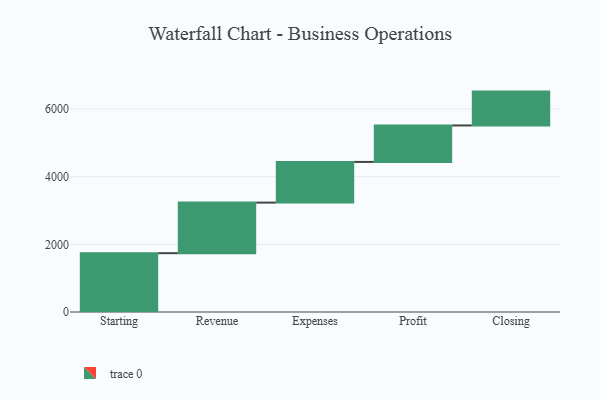
{"axis": {"x": "Step", "y": "Value"}, "legend": [""], "data": [{"x": "Starting", "y": 1738.0, "type": ""}, {"x": "Revenue", "y": 1494.0, "type": ""}, {"x": "Expenses", "y": 1202.0, "type": ""}, {"x": "Profit", "y": 1078.0, "type": ""}, {"x": "Closing", "y": 1000, "type": ""}]}